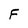
Character: F